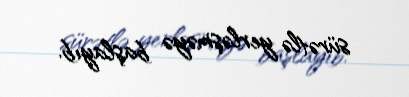
sürətlə yerləşməyə başlayıb.